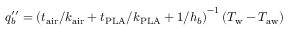
q _ { b } ^ { \prime \prime } = \left( t _ { \mathrm { a i r } } / k _ { \mathrm { a i r } } + t _ { \mathrm { P L A } } / k _ { \mathrm { P L A } } + 1 / h _ { b } \right) ^ { - 1 } ( T _ { \mathrm { w } } - T _ { \mathrm { a w } } )